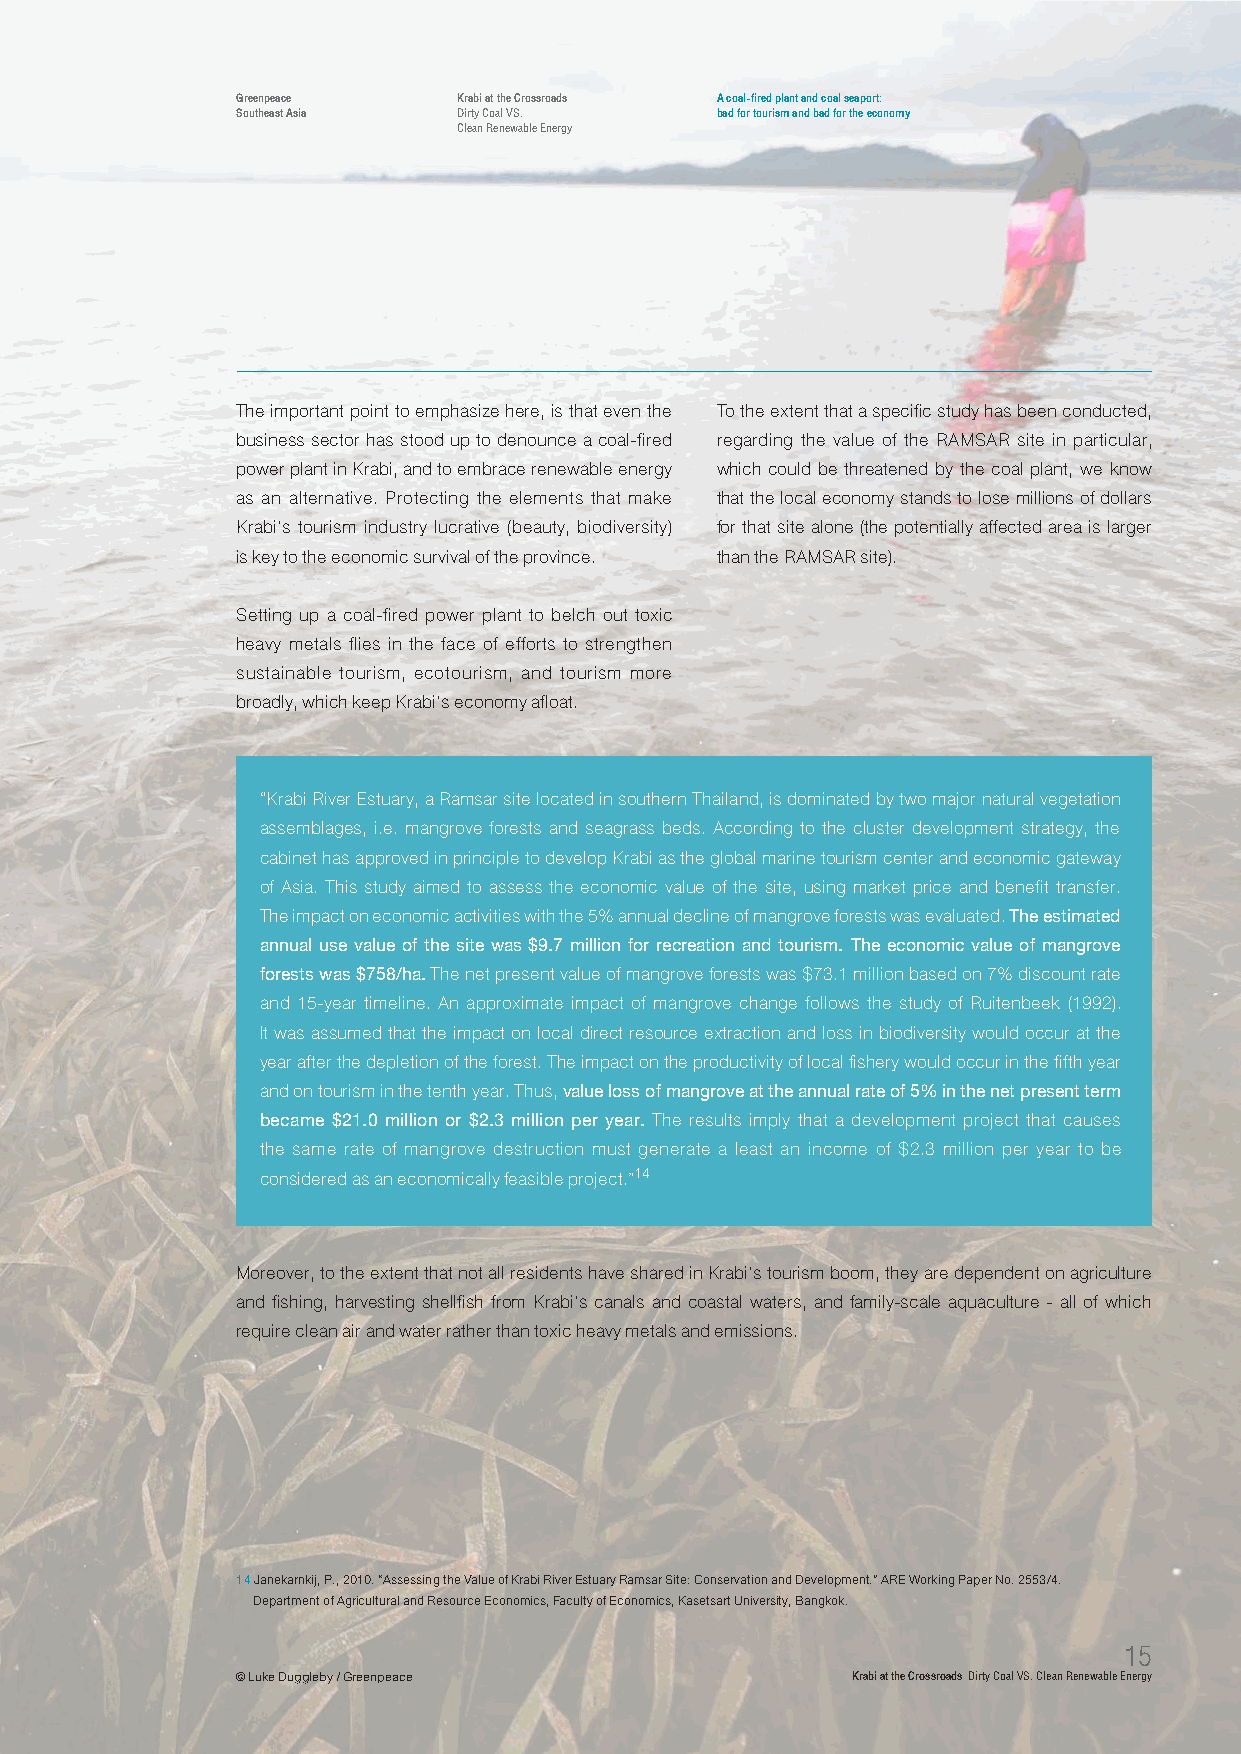
Greenpeace    Krabi at the Crossroads A coal-fired plant and coal seaport:
 Southeast Asia Dirty Coal VS.  bad for tourism and bad for the economy
 Clean Renewable Energy
 The important point to emphasize here, is that even the To the extent that a specific study has been conducted,
 business sector has stood up to denounce a coal-fired regarding the value of the RAMSAR site in particular,
 power plant in Krabi, and to embrace renewable energy which could be threatened by the coal plant, we know
 as an alternative. Protecting the elements that make that the local economy stands to lose millions of dollars
 Krabi’s tourism industry lucrative (beauty, biodiversity) for that site alone (the potentially affected area is larger
 is key to the economic survival of the province. than the RAMSAR site).
 Setting up a coal-fired power plant to belch out toxic
 heavy metals flies in the face of efforts to strengthen
 sustainable tourism, ecotourism, and tourism more
 broadly, which keep Krabi’s economy afloat.
 “Krabi River Estuary, a Ramsar site located in southern Thailand, is dominated by two major natural vegetation
 assemblages, i.e. mangrove forests and seagrass beds. According to the cluster development strategy, the
 cabinet has approved in principle to develop Krabi as the global marine tourism center and economic gateway
 of Asia. This study aimed to assess the economic value of the site, using market price and benefit transfer.
 The impact on economic activities with the 5% annual decline of mangrove forests was evaluated. The estimated
 annual use value of the site was $9.7 million for recreation and tourism. The economic value of mangrove
 forests was $758/ha. The net present value of mangrove forests was $73.1 million based on 7% discount rate
 and 15-year timeline. An approximate impact of mangrove change follows the study of Ruitenbeek (1992).
 It was assumed that the impact on local direct resource extraction and loss in biodiversity would occur at the
 year after the depletion of the forest. The impact on the productivity of local fishery would occur in the fifth year
 and on tourism in the tenth year. Thus, value loss of mangrove at the annual rate of 5% in the net present term
 became $21.0 million or $2.3 million per year. The results imply that a development project that causes
 the same rate of mangrove destruction must generate a least an income of $2.3 million per year to be
 considered as an economically feasible project.”14
 Moreover, to the extent that not all residents have shared in Krabi’s tourism boom, they are dependent on agriculture
 and fishing, harvesting shellfish from Krabi’s canals and coastal waters, and family-scale aquaculture - all of which
 require clean air and water rather than toxic heavy metals and emissions.
 14 Janekarnkij, P., 2010. “Assessing the Value of Krabi River Estuary Ramsar Site: Conservation and Development.” ARE Working Paper No. 2553/4.
 Department of Agricultural and Resource Economics, Faculty of Economics, Kasetsart University, Bangkok.
 15
 © Luke Duggleby / Greenpeace            Krabi at the Crossroads Dirty Coal VS. Clean Renewable Energy